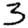
Digit: 3